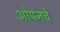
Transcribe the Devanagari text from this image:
ओपनचे